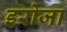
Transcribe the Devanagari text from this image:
इरोजा